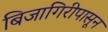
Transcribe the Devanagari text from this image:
बिजागिरीपासून